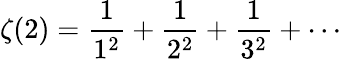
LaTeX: \zeta(2)={\frac{1}{1^{2}}}+{\frac{1}{2^{2}}}+{\frac{1}{3^{2}}}+\cdots